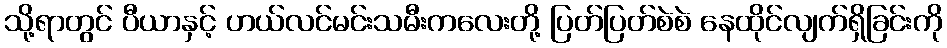
သို့ရာတွင် ပီယာနှင့် ဟယ်လင်မင်းသမီးကလေးတို့ ပြတ်ပြတ်စဲစဲ နေထိုင်လျက်ရှိခြင်းကို